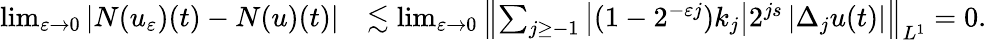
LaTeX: \begin{array}{rl}{\operatorname*{lim}_{\varepsilon\to 0}\left|N(u_{\varepsilon})(t)-N(u)(t)\right|}&{\lesssim\operatorname*{lim}_{\varepsilon\to 0}\left\| \sum_{j\geq-1}\left|(1-2^{-\varepsilon j})k_{j}\right|2^{js}\left|\Delta_{j}u(t)\right|\right\| _{{L}^{1}}=0.}\end{array}